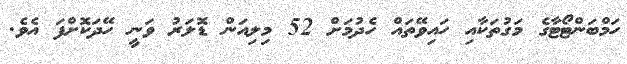
ހަމްބަންޓޯޓާގެ މަގުތަކާއި ހައިވޭތައް ހެދުމަށް 52 މިލިއަން ޑޮލަރު ވަނީ ހޭދަކޮށްފަ އެވެ.